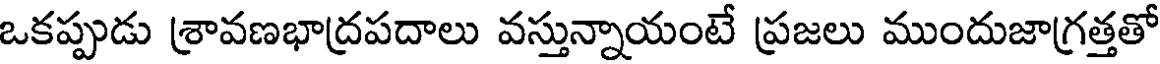
ఒకప్పుడు శ్రావణభాద్రపదాలు వస్తున్నాయంటే ప్రజలు ముందుజాగ్రత్తతో